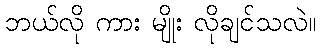
ဘယ်လို ကား မျိုး လိုချင်သလဲ။